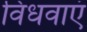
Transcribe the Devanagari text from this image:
विधवाएं